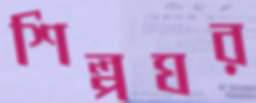
শিল্পঘর